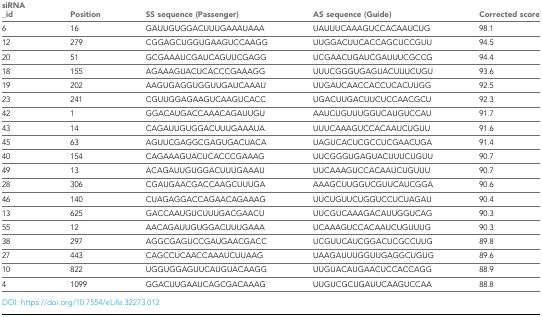
| siRNA _id | Position | SS sequence (Passenger) | AS sequence (Guide) | Corrected score |
 | --- | --- | --- | --- | --- |
 | 6 | 16 | GAUUGUGGACUUUGAAAUAAA | UAUUUCAAAGUCCACAAUCUG | 98.1 |
 | 12 | 279 | CGGAGCUGGUGAAGUCCAAGG | UUGGACUUCACCAGCUCCGUU | 94.5 |
 | 20 | 51 | GCGAAAUCGAUCAGUUCGAGG | UCGAACUGAUCGAUUUCGCCG | 94.4 |
 | 18 | 155 | AGAAAGUACUCACCCGAAAGG | UUUCGGGUGAGUACUUUCUGU | 93.6 |
 | 19 | 202 | AAGUGAGGUGGUUGAUCAAAU | UUGAUCAACCACCUCACUUGG | 92.5 |
 | 23 | 241 | CGUUGGAGAAGUCAAGUCACC | UGACUUGACUUCUCCAACGCU | 92.3 |
 | 42 | 1 | GGACAUGACCAAACAGAUUGU | AAUCUGUUUGGUCAUGUCCAU | 91.7 |
 | 43 | 14 | CAGAUUGUGGACUUUGAAAUA | UUUCAAAGUCCACAAUCUGUU | 91.6 |
 | 45 | 63 | AGUUCGAGGCGAGUGACUACA | UAGUCACUCGCCUCGAACUGA | 91.4 |
 | 40 | 154 | CAGAAAGUACUCACCCGAAAG | UUCGGGUGAGUACUUUCUGUU | 90.7 |
 | 49 | 13 | ACAGAUUGUGGACUUUGAAAU | UUCAAAGUCCACAAUCUGUUU | 90.7 |
 | 28 | 306 | CGAUGAACGACCAAGCUUUGA | AAAGCUUGGUCGUUCAUCGGA | 90.6 |
 | 46 | 140 | CUAGAGGACCAGAACAGAAAG | UUCUGUUCUGGUCCUCUAGAU | 90.4 |
 | 13 | 625 | GACCAAUGUCUUUGACGAACU | UUCGUCAAAGACAUUGGUCAG | 90.3 |
 | 55 | 12 | AACAGAUUGUGGACUUUGAAA | UCAAAGUCCACAAUCUGUUUG | 90.3 |
 | 38 | 297 | AGGCGAGUCCGAUGAACGACC | UCGUUCAUCGGACUCGCCUUG | 89.8 |
 | 27 | 443 | CAGCCUCAACCAAAUCUUAAG | UAAGAUUUGGUUGAGGCUGUG | 89.6 |
 | 10 | 822 | UGGUGGAGUUCAUGUACAAGG | UUGUACAUGAACUCCACCAGG | 88.9 |
 | 4 | 1099 | GGACUUGAAUCAGCGACAAAG | UUGUCGCUGAUUCAAGUCCAA | 88.8 |